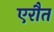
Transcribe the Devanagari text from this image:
एरौत